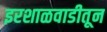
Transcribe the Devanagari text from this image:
इरशाळवाडीतून